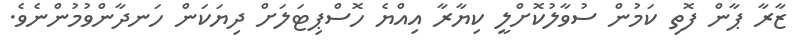
ޒާރާ ޕާން ފޮތި ކަމުން ސުވާލުކޮށްލީ ކިޔާރާ އިއްޔެ ހޮސްޕިޓަލަށް ދިޔަކަން ހަނދާންވުމުންނެވެ.